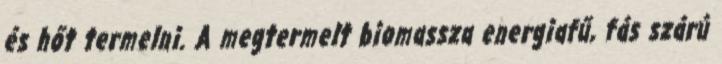
és hőt termelni. A megtermelt biomassza energiafű, fás szárú